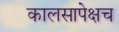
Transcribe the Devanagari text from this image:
कालसापेक्षच